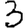
Digit: 3